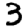
Digit: 3